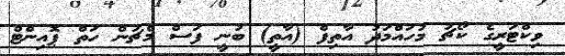
ވިކްޓަރީގެ ކޯޗު މުހައްމަދު އާތިފް (އާތީ) ބުނީ ފަސް މެޗުން ހަތް ޕޮއިންޓް